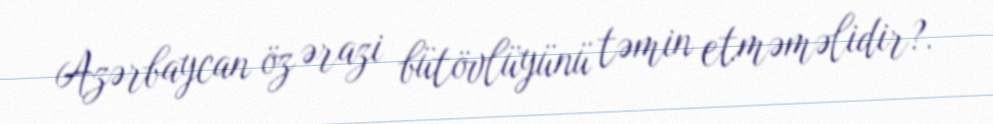
Azərbaycan öz ərazi bütövlüyünü təmin etməməlidir?.